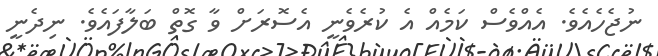
ނުޖެހެއެވެ. އެއްވެސް ކަމެއް އެ ކުރެވެނީ އެސޮރަށް ވާ ގޮތް ބަލާފައެވެ. ނިދެނީ